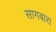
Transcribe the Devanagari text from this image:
सागबारा